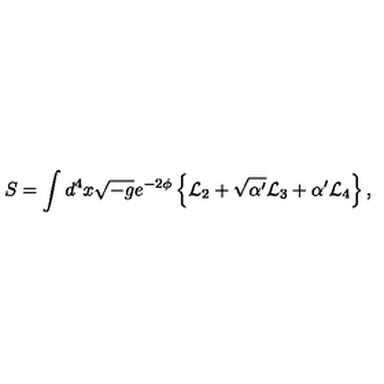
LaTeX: S = \int d ^ { 4 } x \sqrt { - g } e ^ { - 2 \phi } \left\{ { \cal L } _ { 2 } + \sqrt { \alpha ^ { \prime } } { \cal L } _ { 3 } + \alpha ^ { \prime } { \cal L } _ { 4 } \right\} ,